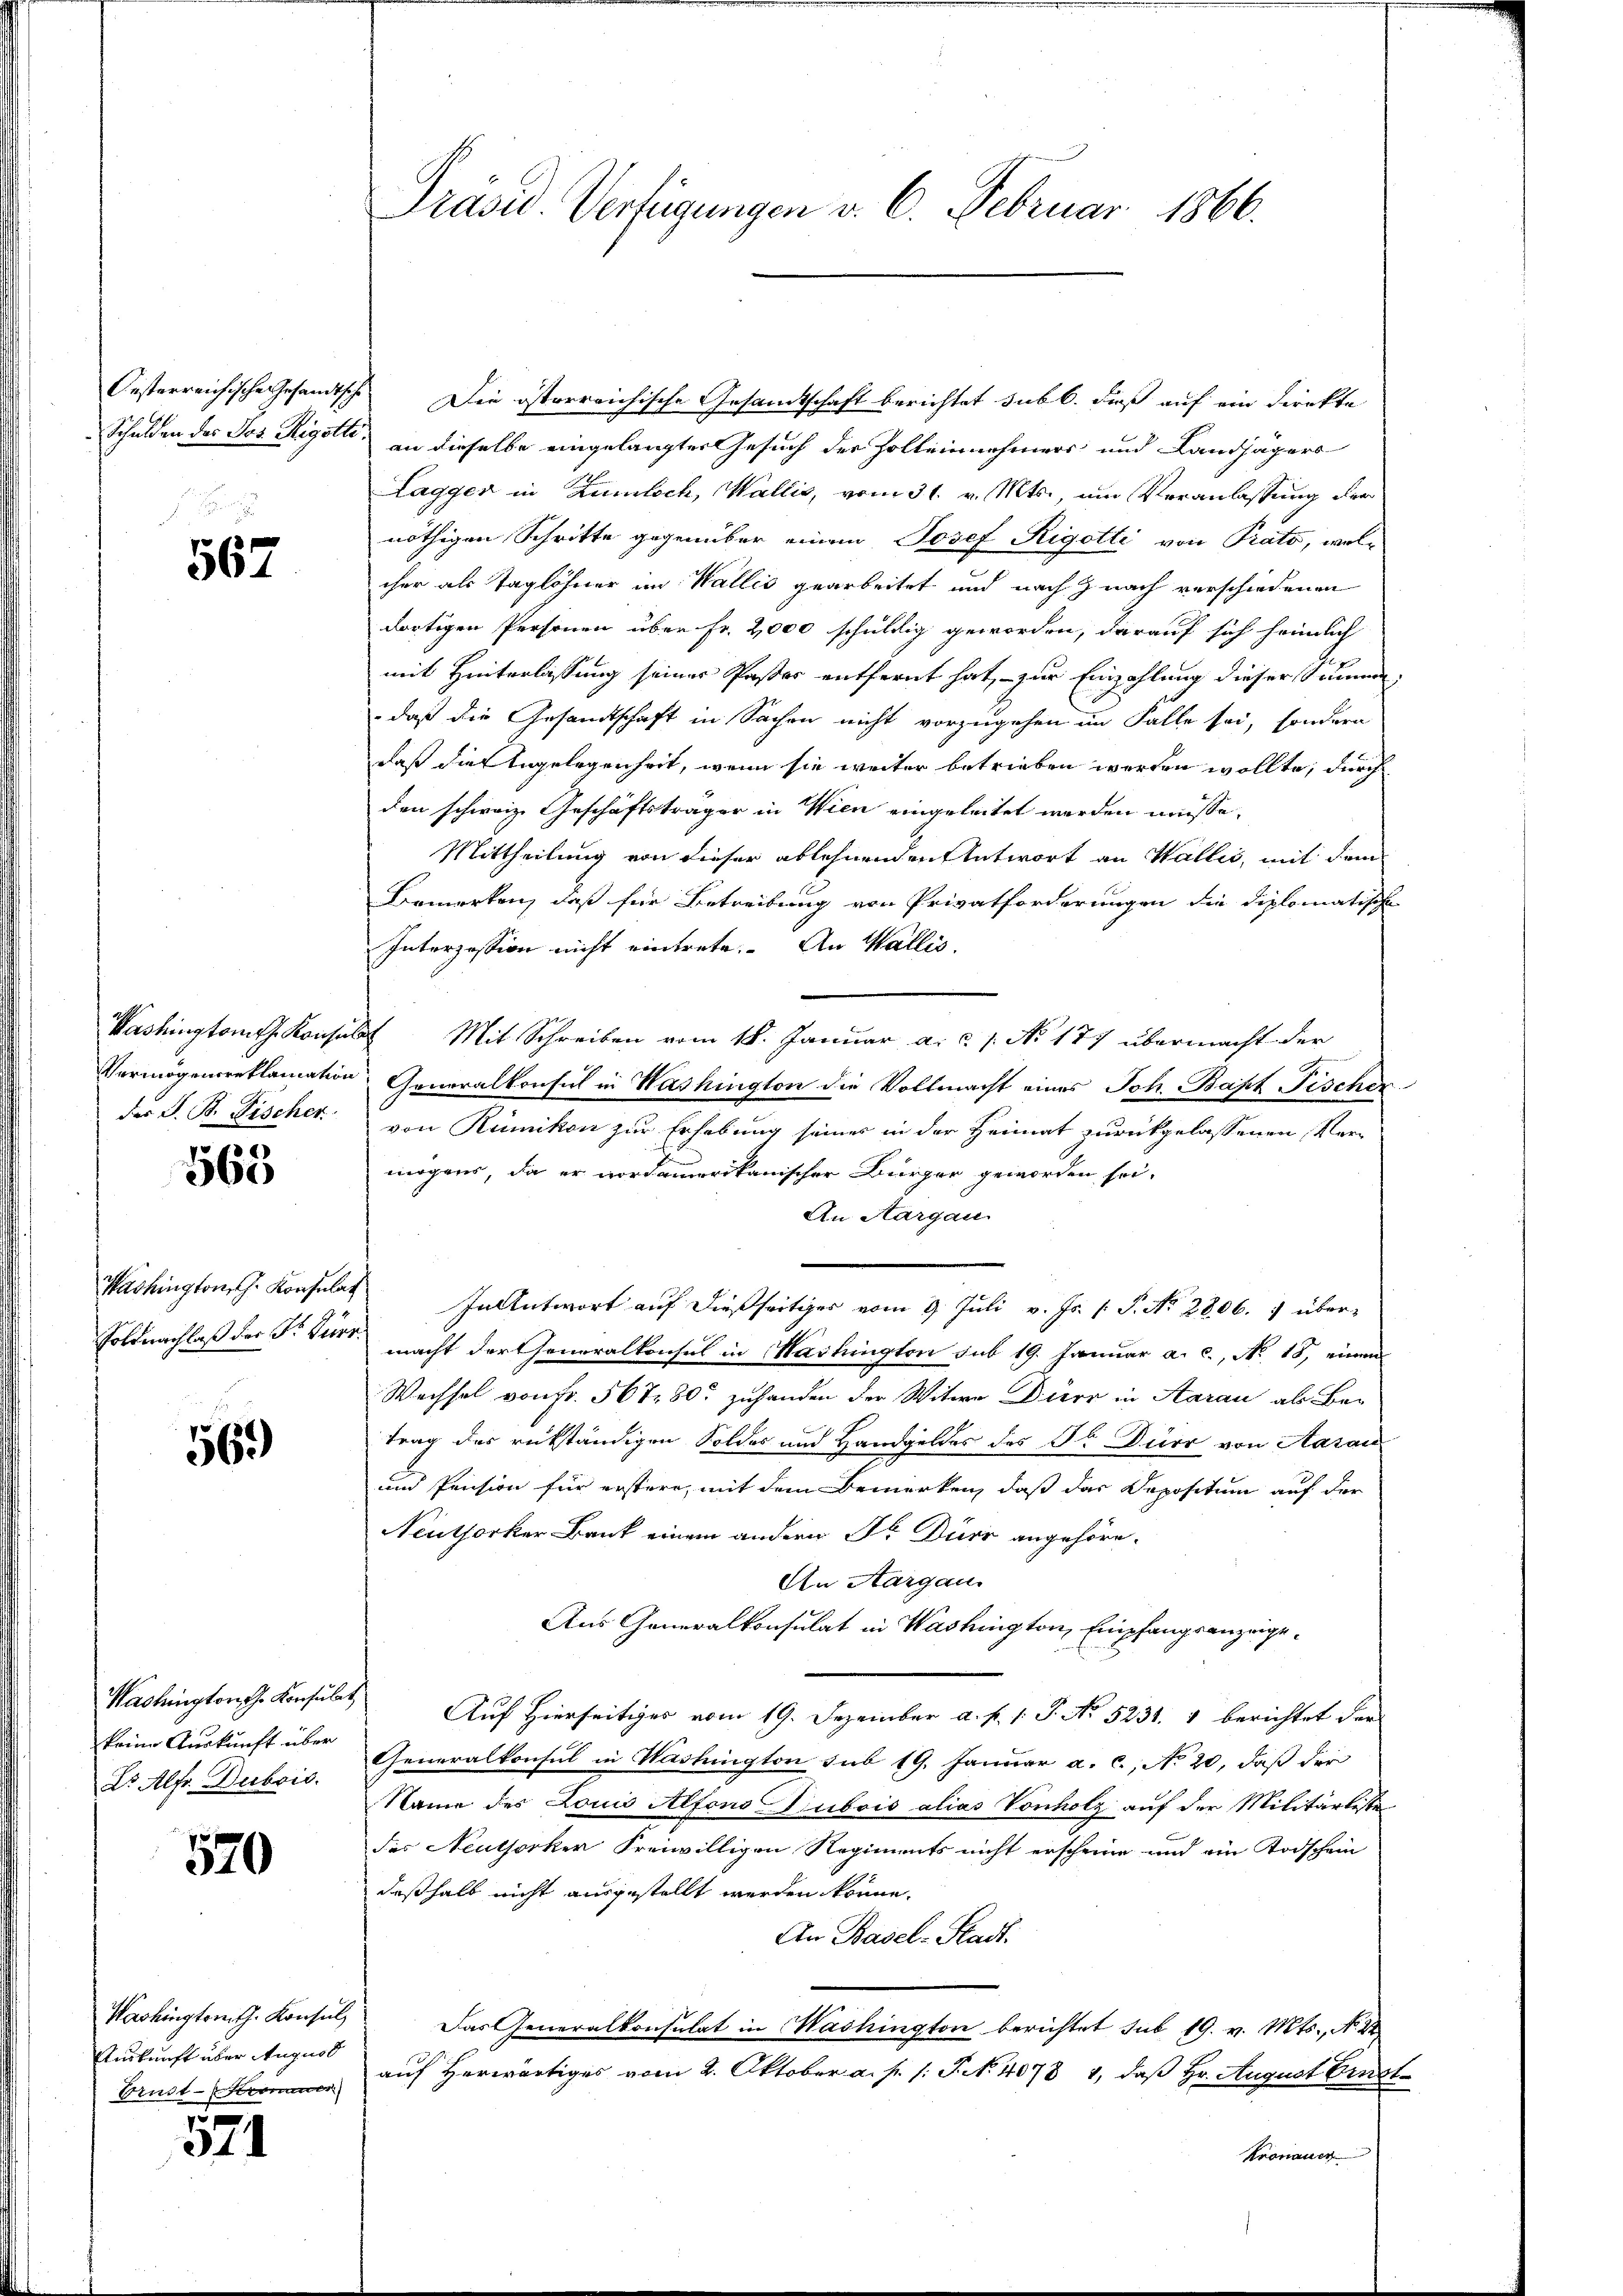
567

der S. B. Fischer

563

Washington, G. Konsulat
Foldnachlaß der Sr. Dürr¬

569)

keine Auskunft über
Dr. Alfr. Dubois.

520

Oesterreichische Gesandtsche Die österreichische Gesandtschaft berichtet sub b. dieß auf ein Direkte
Schulden des Jos. Rigotte an dieselbe eingelangter Gesuch der Zolleinnehmers und Landjägers
Lagger in Zumloch, Wallis, vom 31. v. Mts., um Veranlassung der
nöthigen Schritte gegenüber einem Josef Rigotti von Präto, welcher als Taglöhner im Wallis gearbeitet und nach Z nach verschiedenen
dortigen Personen über Fr. 2,000 schuldig geworden, darauf sich heimlich
mit Hinterlassung seiner Paster entfernt hat, – zur Einzahlung dieser Summe
daß die Gesandtschaft in Sachen nicht vorzugehen im Falle sei, sondern
daß die Angelegenheit, wenn sie weiter betrieben werden wollte, durch
den schweiz. Geschäftsträger in Wien eingeleitet werden müsse.
Mittheilung von dieser ablehnenden Antwort an Wallis, mit dem
Bemerken, daß für Betreibung von Privatforderungen die diplomatische
Interzession nicht eintrete. An Wallis.
Washington Konsuls Mit Schreiben vom 18. Januar a. u. s. No 177 übermacht der
Vermögensreklamation Generalkonsul in Washington die Vollmacht eines Joh. Bapt Fischer
von Rümikon zur Erhebung seines in der Heimat zurückgelassenen Ver-
mögens, da er nordamerikanischer Bürger geworden sei-
An Aargau
In Antwort auf dießseitiger vom 9. Juli v. Js. (T. No 2806. 7 übermacht der Generalkonsul in Washington sub 19. Januar a. c., No. 18, einen
Wechsel von Fr. 567 80 zuhanden der Witwe Dieer in Aarau als Ber
trag des rükständigen Soldes und Handgeldes des Sr. Dürr von Aarau
und Pension für erstern, mit dem Bemerken, daß das Depositum auf der
Neuthorker Bank einem andern Dr. Dürr angehöre.
An Aargau
Aus Generalkonsulat in Washington, Empfangsanzeige¬
Washington Konsulat Auf Hierseitiger vom 19. Dezember a. f. 1. P. No 5231. 1 berichtet der
Generalkonsul in Washington sub 19. Januar a. c., No 20. daß der
Name des Louis Alfons Dubois alias Vonholz auf der Militärliste
des Neuthorker freiwilligen Regiments nicht erscheine und ein Todschein
deßhalb nicht ausgestellt werden könne.
An Basel-Stadt.
Das Generalkonsulat in Washington berichtet sub 19. v. Mts., No. 22
Brust auf herwärtiges vom 2. Oktober a. p. 1. P. N. 4078 4, daß Hr. August Ernst
Kronauer

Washingtomth. Konsul
Auskunft über August

524

Präsid. Verfügungen v. 6. Februar 1866.